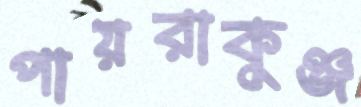
পায়রাকুঞ্জ